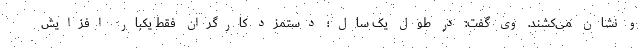
و نشان می‌کشند. وی گفت: در طول یک سال؛ دستمزد کارگران فقط یکبار افزایش